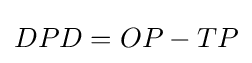
DPD=OP-TP